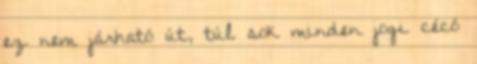
ez nem járható út, túl sok minden jogi cécó